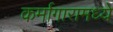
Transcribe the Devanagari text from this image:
कर्मागारामध्ये